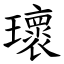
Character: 瓌